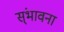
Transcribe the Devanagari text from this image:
स्ंभावना